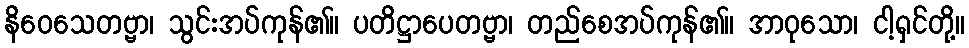
နိဝေသေတဗ္ဗာ၊ သွင်းအပ်ကုန်၏။ ပတိဋ္ဌာပေတဗ္ဗာ၊ တည်စေအပ်ကုန်၏။ အာဝုသော၊ ငါ့ရှင်တို့။